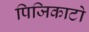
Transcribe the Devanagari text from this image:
पिजिकाटो